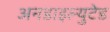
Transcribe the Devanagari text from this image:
अनडाइल्युटेड